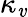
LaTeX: \kappa_{\mathit{v}}